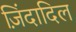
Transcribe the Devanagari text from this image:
ज़िंदादिल